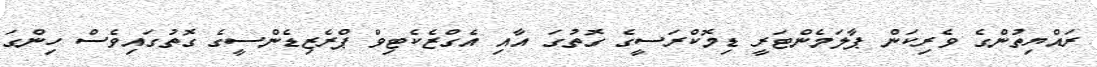
ރައްޔިތުންގެ ވެރިކަން ޕާލަމެންޓަރީ ޑިމޮކްރަސީގެ ގޮތުގަ އާއި އެގްޒެކެޓިވް ޕްރެޒިޑެންސީގެ ގޮތުގައިވެސް ހިންގަ